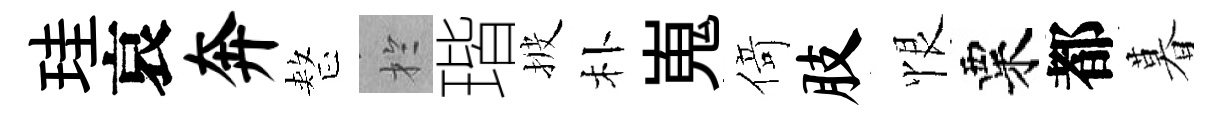
珪哀奔整扵瑎披朴嵬𠋣肢恨粟都暮